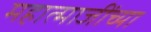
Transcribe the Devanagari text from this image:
महात्माजींच्या